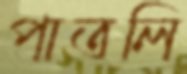
পাতলি